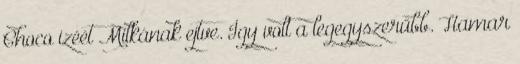
Choco izéét Milkának ejtve. Így volt a legegyszerűbb. Hamar